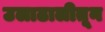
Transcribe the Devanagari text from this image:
उलाढालीतून